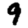
Digit: 9